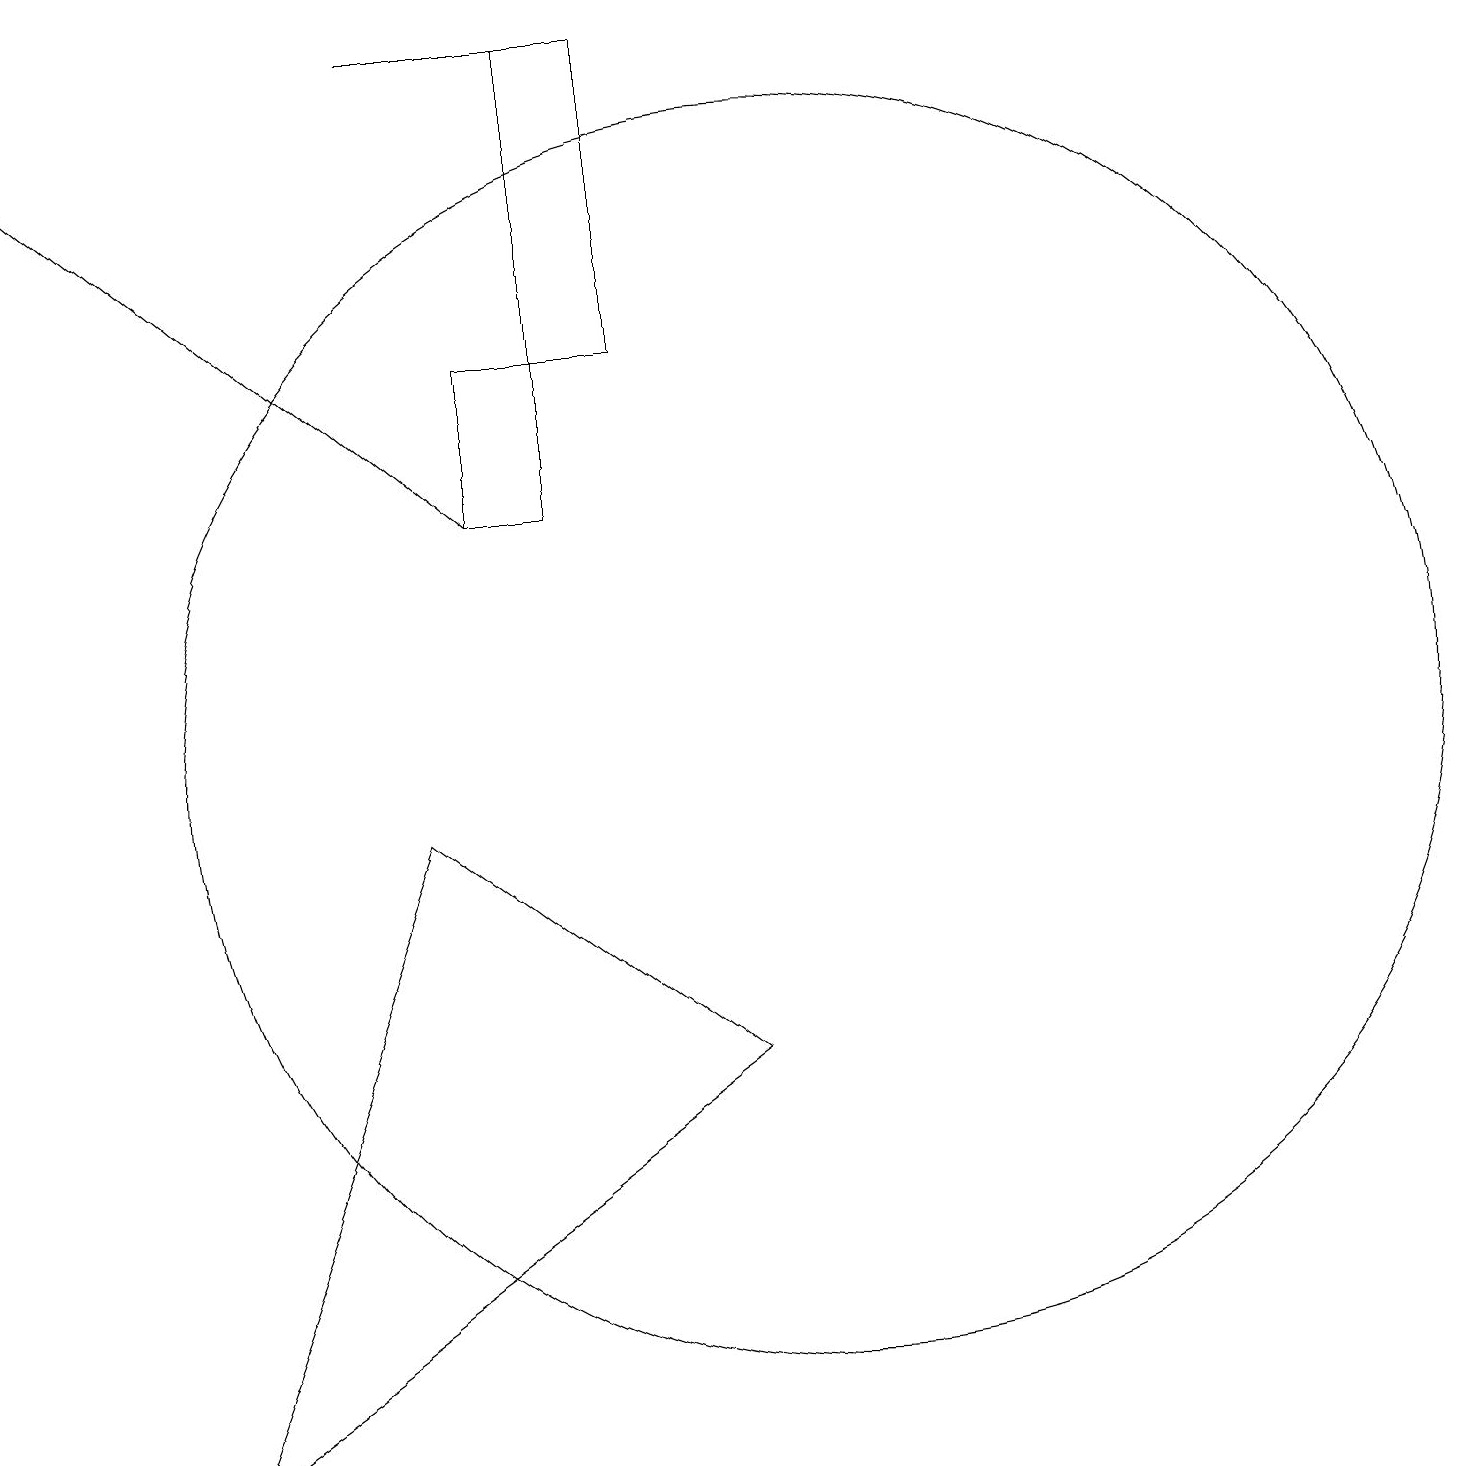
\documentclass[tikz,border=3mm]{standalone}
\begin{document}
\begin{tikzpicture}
\draw (10,10) circle (8);
\draw[->] (6,13) -- (0,18);
\draw (5,19) rectangle (8,19);
\draw (7,15) rectangle (8,19);
\draw (2,1) -- (5,9) -- (9,6) -- cycle;
\draw (6,15) rectangle (7,13);
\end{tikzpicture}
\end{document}